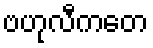
ဗဟုလီကတေ